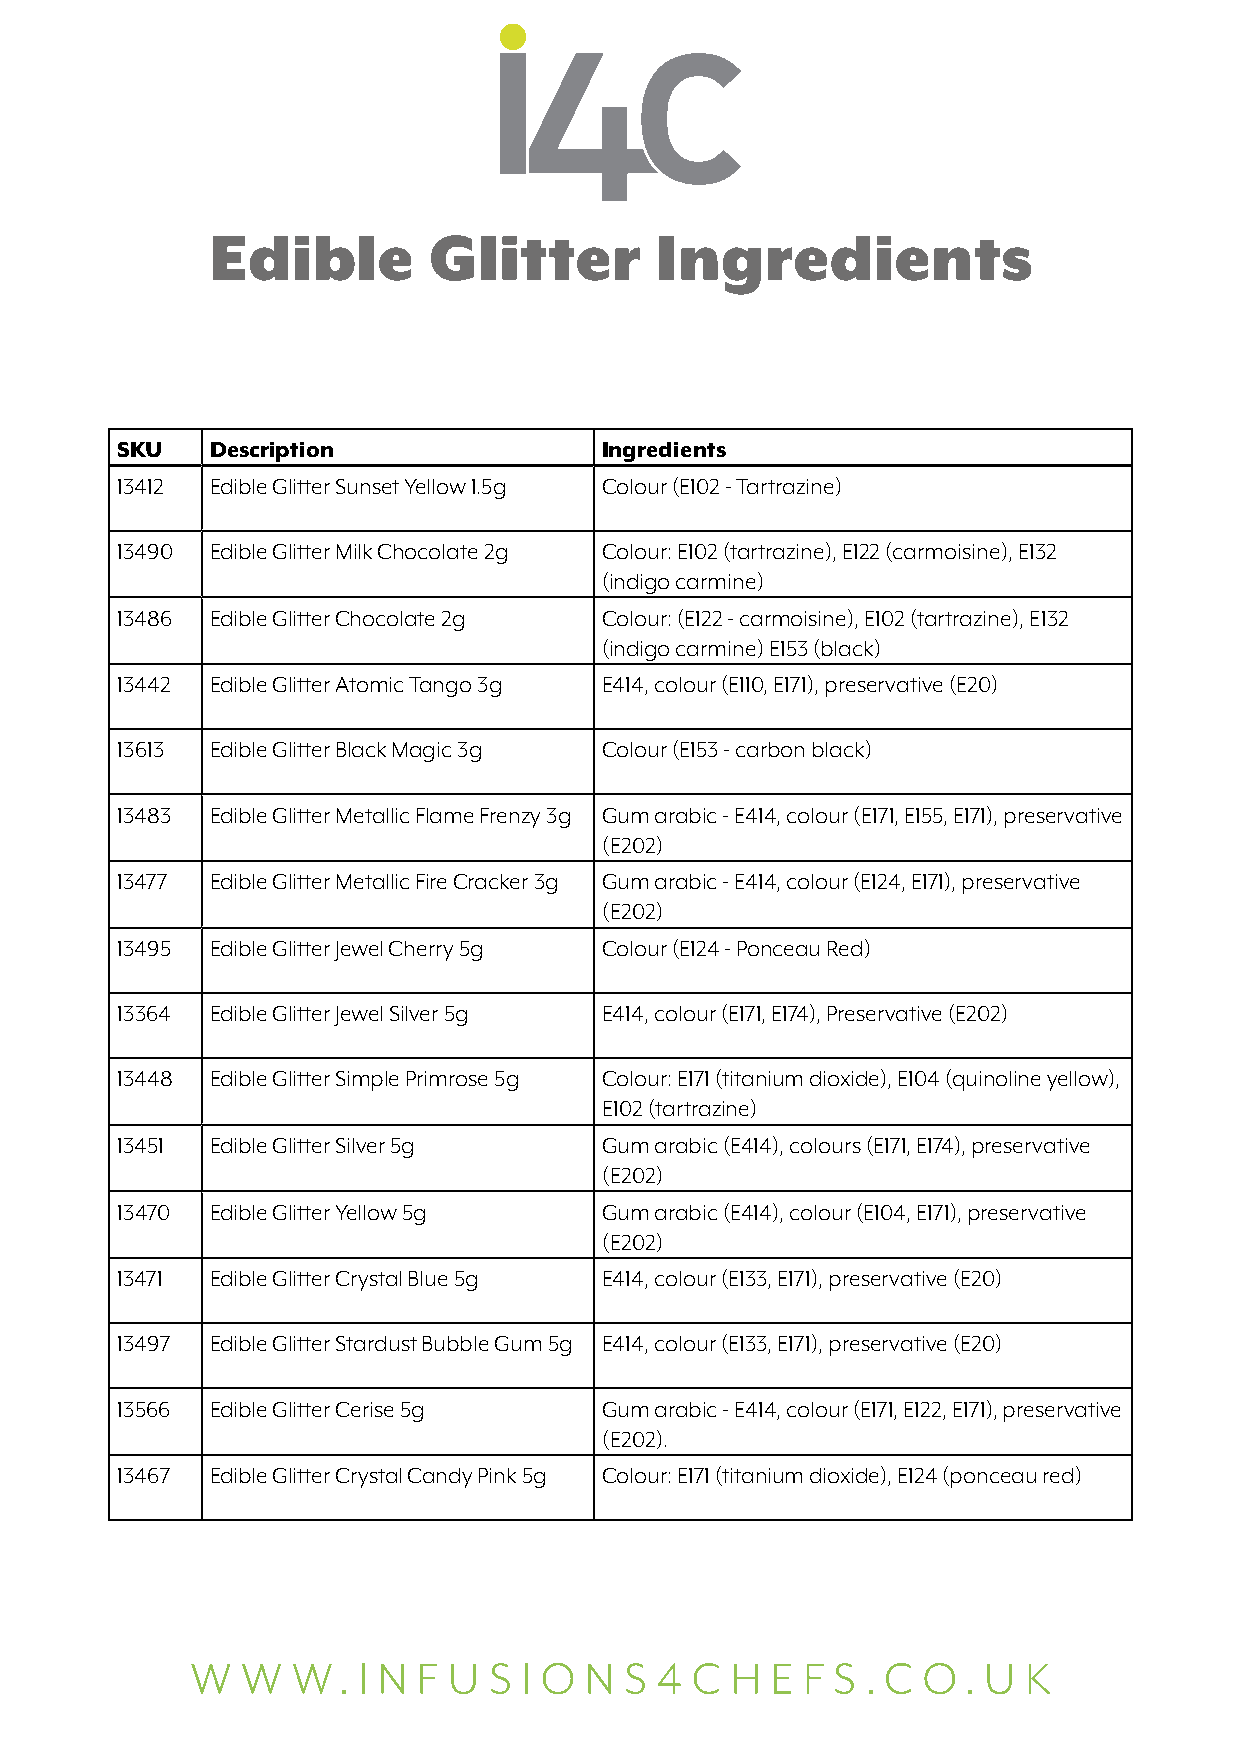
Edible        Glitter        Ingredients
 SKU   Description               Ingredients
 13412 Edible Glitter Sunset Yellow 1.5g Colour (E102 - Tartrazine)
 13490 Edible Glitter Milk Chocolate 2g Colour: E102 (tartrazine), E122 (carmoisine), E132
 (indigo carmine)
 13486 Edible Glitter Chocolate 2g Colour: (E122 - carmoisine), E102 (tartrazine), E132
 (indigo carmine) E153 (black)
 13442 Edible Glitter Atomic Tango 3g E414, colour (E110, E171), preservative (E20)
 13613 Edible Glitter Black Magic 3g Colour (E153 - carbon black)
 13483 Edible Glitter Metallic Flame Frenzy 3g Gum arabic - E414, colour (E171, E155, E171), preservative
 (E202)
 13477 Edible Glitter Metallic Fire Cracker 3g Gum arabic - E414, colour (E124, E171), preservative
 (E202)
 13495 Edible Glitter Jewel Cherry 5g Colour (E124 - Ponceau Red)
 13364 Edible Glitter Jewel Silver 5g E414, colour (E171, E174), Preservative (E202)
 13448 Edible Glitter Simple Primrose 5g Colour: E171 (titanium dioxide), E104 (quinoline yellow),
 E102 (tartrazine)
 13451 Edible Glitter Silver 5g  Gum arabic (E414), colours (E171, E174), preservative
 (E202)
 13470 Edible Glitter Yellow 5g  Gum arabic (E414), colour (E104, E171), preservative
 (E202)
 13471 Edible Glitter Crystal Blue 5g E414, colour (E133, E171), preservative (E20)
 13497 Edible Glitter Stardust Bubble Gum 5g E414, colour (E133, E171), preservative (E20)
 13566 Edible Glitter Cerise 5g  Gum arabic - E414, colour (E171, E122, E171), preservative
 (E202).
 13467 Edible Glitter Crystal Candy Pink 5g Colour: E171 (titanium dioxide), E124 (ponceau red)
 W  W  W.   I N F U S  I O N S 4  C H  E F S . C O  . U K